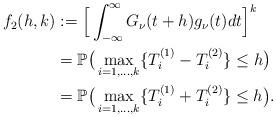
LaTeX: \begin{align*}f_2(h,k) &:= \Big[\int_{-\infty}^{\infty}G_\nu(t+h)g_\nu(t)dt\Big]^k \\&= \mathbb{P}\big(\max_{i=1,\ldots,k}\{T_i^{(1)}-T_i^{(2)}\}\leq h\big) \\&= \mathbb{P}\big(\max_{i=1,\ldots,k}\{T_i^{(1)}+T_i^{(2)}\}\leq h\big) . \end{align*}